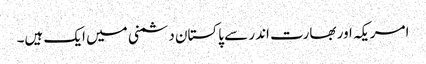
امریکہ اور بھارت اندر سے پاکستان دشمنی میں ایک ہیں۔